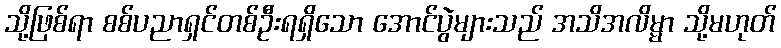
သို့ဖြစ်ရာ စစ်ပညာရှင်တစ်ဦးရရှိသော အောင်ပွဲများသည် အသိအလိမ္မာ သို့မဟုတ်